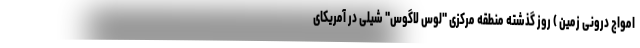
امواج درونی زمین ) روز گذشته منطقه مرکزی "لوس لاگوس" شیلی در آمریکای